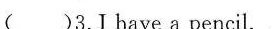
( )3.Ihave a pencil.